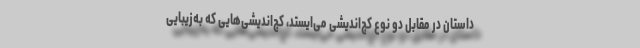
داستان در مقابل دو نوع کج‌اندیشی می‌ایستد، کج‌اندیشی‌هایی که به‌زیبایی